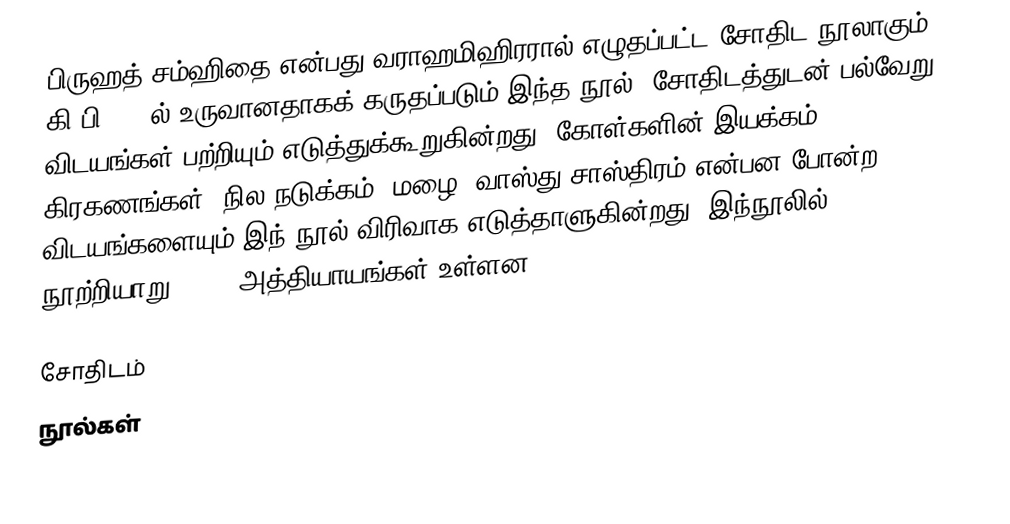
பிருஹத் சம்ஹிதை என்பது வராஹமிஹிரரால் எழுதப்பட்ட சோதிட நூலாகும். கி.பி 505 ல் உருவானதாகக் கருதப்படும் இந்த நூல், சோதிடத்துடன் பல்வேறு விடயங்கள் பற்றியும் எடுத்துக்கூறுகின்றது. கோள்களின் இயக்கம், கிரகணங்கள், நில நடுக்கம், மழை, வாஸ்து சாஸ்திரம் என்பன போன்ற விடயங்களையும் இந் நூல் விரிவாக எடுத்தாளுகின்றது. இந்நூலில் நூற்றியாறு (106) அத்தியாயங்கள் உள்ளன.

சோதிடம்
நூல்கள்